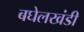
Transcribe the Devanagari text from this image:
बघेलखंडी